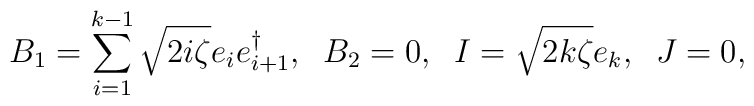
B_1=\sum_{i=1}^{k-1}\sqrt{2i\zeta}e_ie_{i+1}^{\dag},\;\;  B_2=0,\;\;I=\sqrt{2k\zeta}e_k,\;\;J=0,